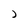
Character: J